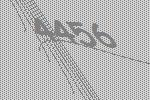
4456